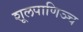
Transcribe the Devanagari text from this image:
शूलपाणिञ्च